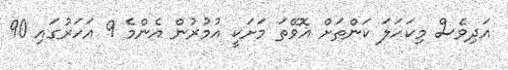
އަދިވެސް މިކަހަލަ ކަންތަށް އޮވޭތަ މަށަކީ އުމުރުން އެންމެ 9 އަހަރުގައި 90